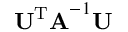
\mathbf { U ^ { \mathrm { T } } A } ^ { - 1 } \mathbf { U }